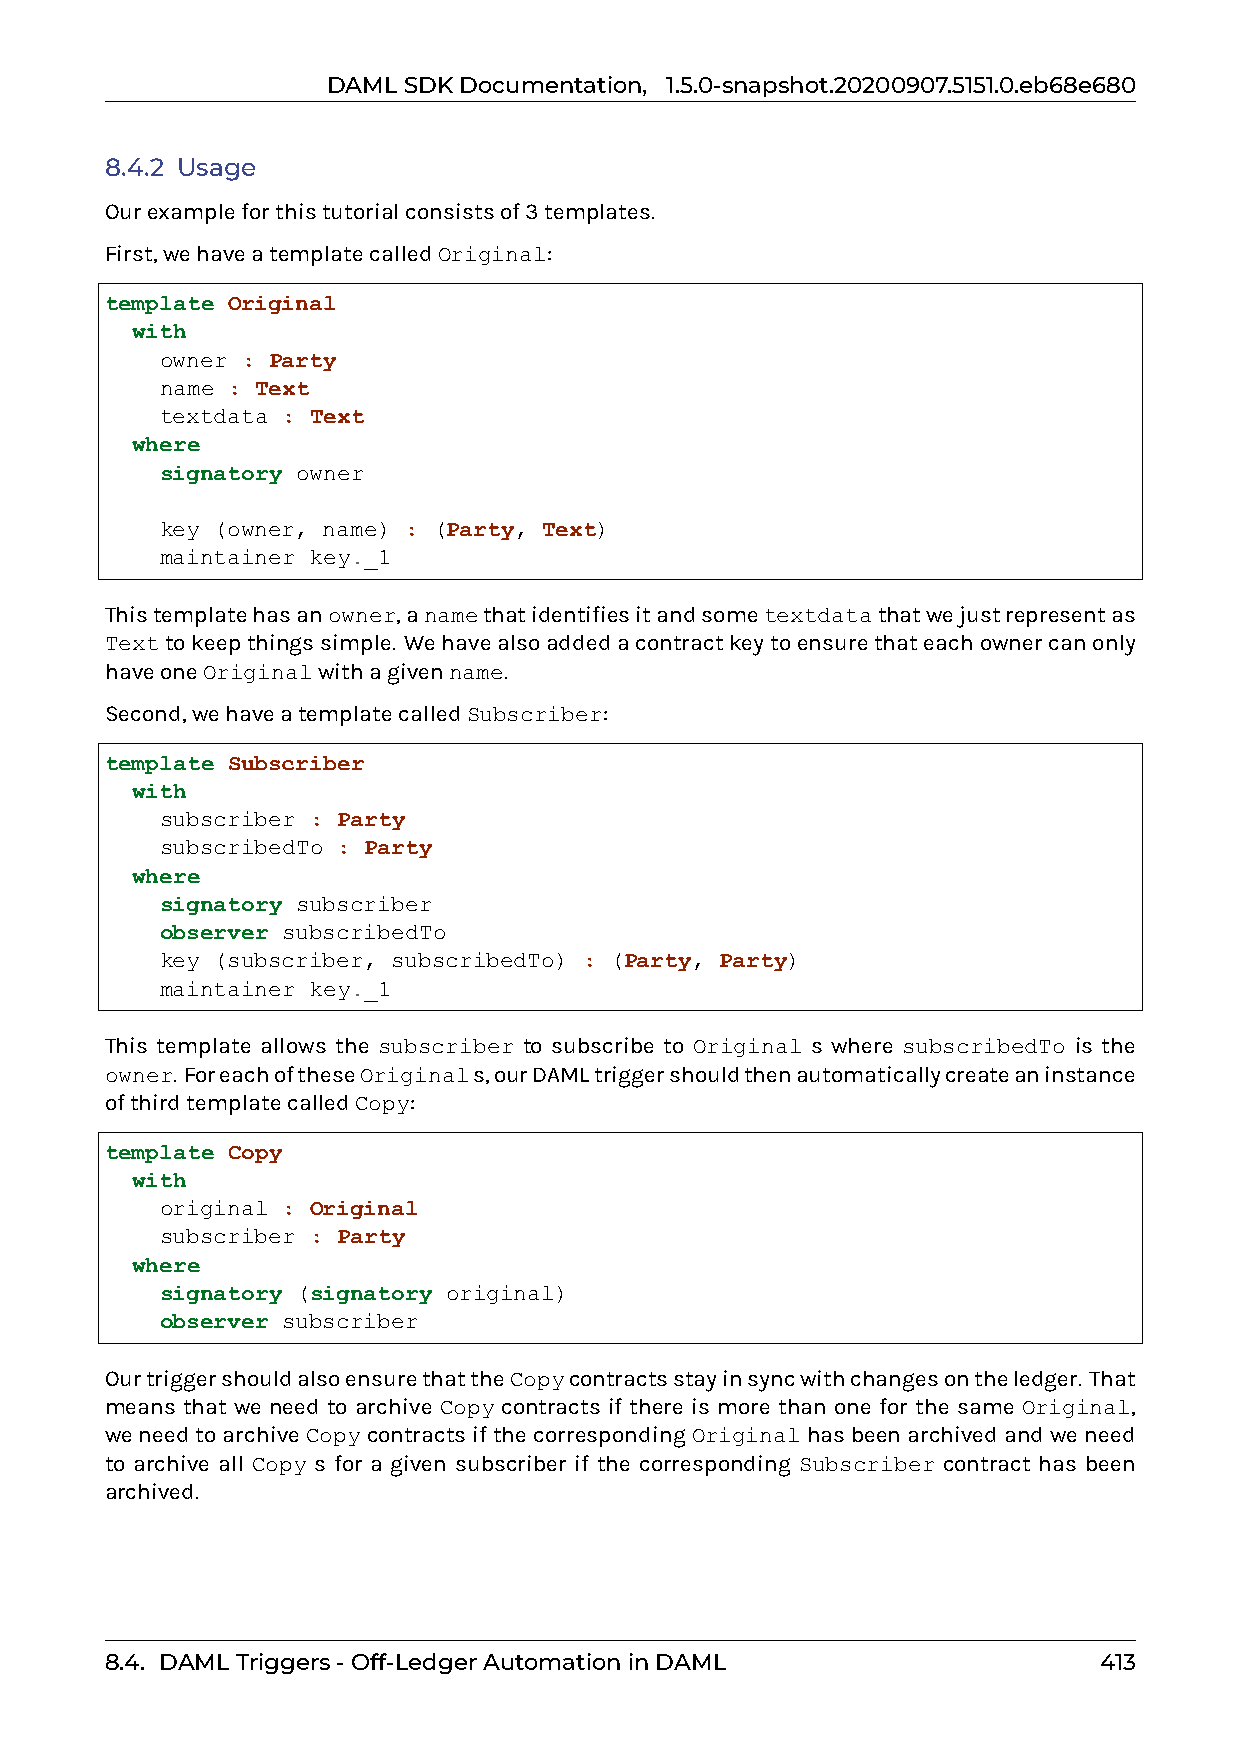
DAMLSDKDocumentation, 1.5.0-snapshot.20200907.5151.0.eb68e680
 8.4.2 Usage
 Ourexampleforthistutorialconsistsof3templates.
 First,wehaveatemplatecalledOriginal:
 template Original
 with
 owner : Party
 name : Text
 textdata : Text
 where
 signatory owner
 key (owner, name) : (Party, Text)
 maintainer key._1
 Thistemplatehasanowner,anamethatidentifiesitandsometextdatathatwejustrepresentas
 Texttokeepthingssimple. Wehavealsoaddedacontractkeytoensurethateachownercanonly
 haveoneOriginalwithagivenname.
 Second,wehaveatemplatecalledSubscriber:
 template Subscriber
 with
 subscriber : Party
 subscribedTo : Party
 where
 signatory subscriber
 observer subscribedTo
 key (subscriber, subscribedTo) : (Party, Party)
 maintainer key._1
 This template allows the subscriber to subscribe to Original s where subscribedTo is the
 owner. ForeachoftheseOriginals,ourDAMLtriggershouldthenautomaticallycreateaninstance
 ofthirdtemplatecalledCopy:
 template Copy
 with
 original : Original
 subscriber : Party
 where
 signatory (signatory original)
 observer subscriber
 OurtriggershouldalsoensurethattheCopycontractsstayinsyncwithchangesontheledger. That
 means that we need to archive Copy contracts if there is more than one for the same Original,
 weneedtoarchiveCopycontractsifthecorrespondingOriginalhasbeenarchivedandweneed
 to archive all Copy s for a given subscriber if the corresponding Subscriber contract has been
 archived.
 8.4. DAMLTriggers-Off-LedgerAutomationinDAML                      413